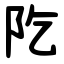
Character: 阣